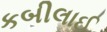
કબીલાઈ